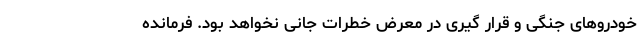
خودروهای جنگی و قرار گیری در معرض خطرات جانی نخواهد بود. فرمانده